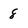
Character: 8